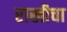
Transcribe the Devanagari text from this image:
राखीचा